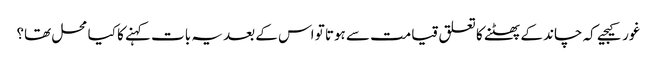
غور کیجیے کہ چاند کے پھٹنے کا تعلق قیامت سے ہوتا تو اس کے بعد یہ بات کہنے کا کیا محل تھا؟